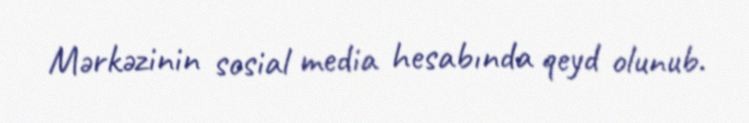
Mərkəzinin sosial media hesabında qeyd olunub.